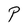
Character: P